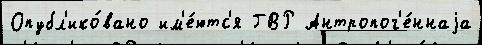
Опубл'ико́вано им'е́ютс'я ГВР Антропог'е́ннаjа